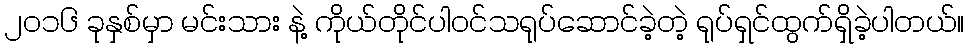
၂၀၁၆ ခုနှစ်မှာ မင်းသား နဲ့ ကိုယ်တိုင်ပါဝင်သရုပ်ဆောင်ခဲ့တဲ့ ရုပ်ရှင်ထွက်ရှိခဲ့ပါတယ်။